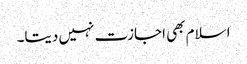
اسلام بھی اجازت نہیں دیتا۔